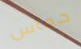
حماس